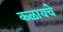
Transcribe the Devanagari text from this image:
कळायचे